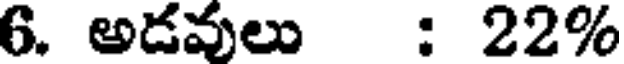
6. అడవులు : 22%